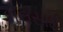
કોલસાઈ